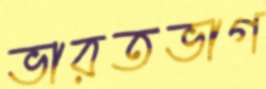
ভারতভাগ